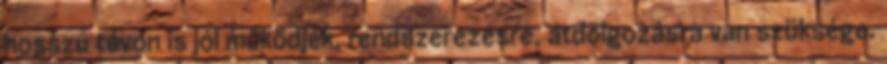
hosszú távon is jól működjék, rendszerezésre, átdolgozásra van szüksége.